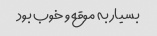
بسیار به موقع و خوب بود